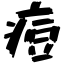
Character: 痘